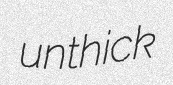
unthick